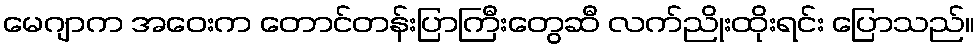
မေဂျာက အဝေးက တောင်တန်းပြာကြီးတွေဆီ လက်ညိုးထိုးရင်း ပြောသည်။